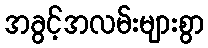
အခွင့်အလမ်းများစွာ